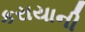
કરાયાની